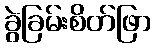
ခွဲခြမ်းစိတ်ဖြာ